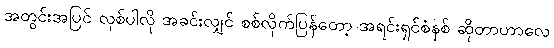
အတွင်းအပြင် လှစ်ပါလို အခင်းလျှင် စစ်လိုက်ပြန်တော့ အရင်းရှင်စံနစ် ဆိုတာဟာလေ